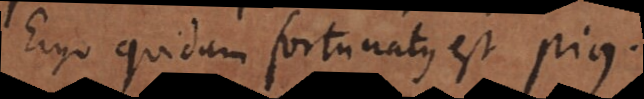
Ergo quidam fortunatus est pius.